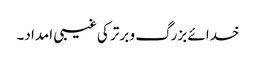
خدائے بزرگ و برتر کی غیبی امداد۔